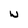
Character: w